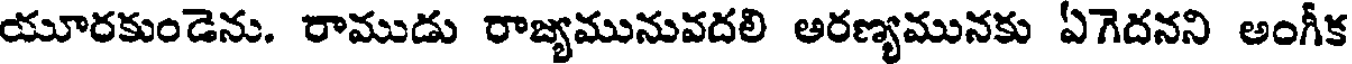
యూరకుండెను. రాముడు రాజ్యమునువదలి అరణ్యమునకు ఏగెదనని అంగీక